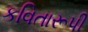
કવિતારૂપી